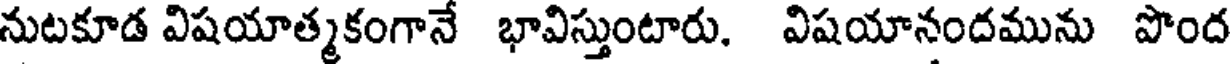
నుటకూడ విషయాత్మకంగానే భావిస్తుంటారు. విషయానందమును పొంద